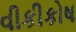
વીકીકોષ